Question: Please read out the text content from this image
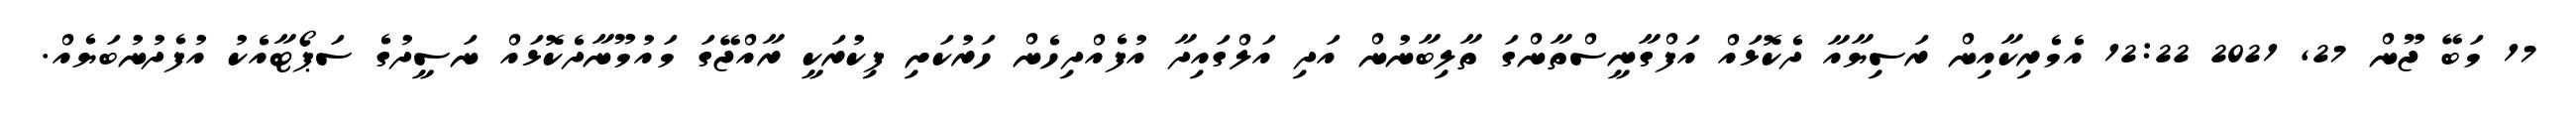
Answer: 17 މަބޭ ޖޫން 27, 2021 12:22 އެމެރިކާއިން ރަސިޔާއާ ދެކޮޅައް އަފްގާނީސްތާންގަ ތާލިބާނުން އަދި އަލްގައިދާ އުފެއްދިހެން ހަރުކަށި ފިކުރަކީ ރާއްޖޭގަ މައުމޫނާދެކޮޅައް ނަސީދުގެ ސަޕޯޓާއެކު އުފެދުނުބަޔެއް.